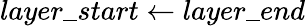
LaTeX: layer\_ start\gets layer\_ end